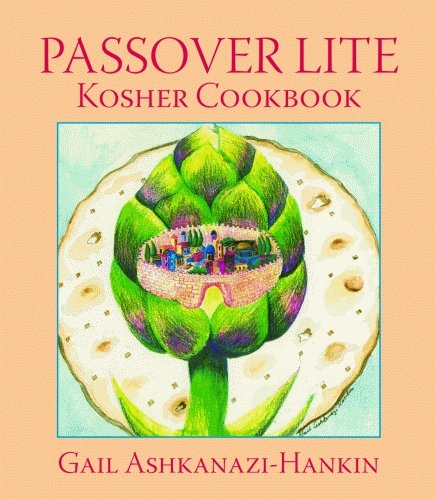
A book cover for Passover Lite Kosher Cookbook; Gail Ashkanazi-Hankin; Cookbooks, Food & Wine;